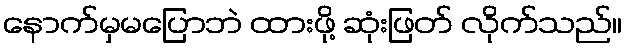
နောက်မှမပြောဘဲ ထားဖို့ ဆုံးဖြတ် လိုက်သည်။